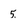
Character: 5